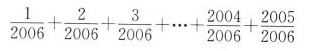
$$\frac{1}{2006}+\frac{2}{2006}+ \frac{3}{2006}+\cdots +\frac{2004}{2006}+\frac{2005}{2006}$$